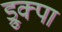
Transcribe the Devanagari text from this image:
ड्रुक्पा